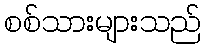
စစ်သားများသည်